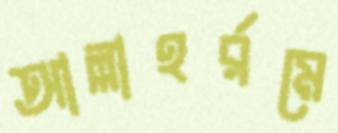
আল্লাহর্রমে